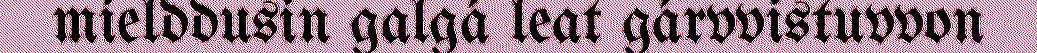
mielddusin galgá leat gárvvistuvvon